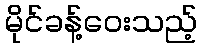
မိုင်ခန့်ဝေးသည့်